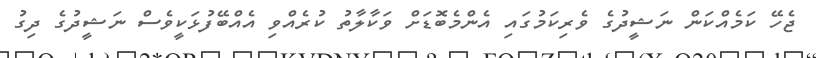
ޖެހޭ ކަމެއްކަން ނަޝީދުގެ ވެރިކަމުގައި އެންމެބޮޑަށް ވަކާލާތު ކުރެއްވި އެއްބޭފުޅަކީވެސް ނަޝީދުގެ ދިގު